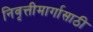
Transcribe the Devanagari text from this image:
निवृत्तीमार्गासाठी